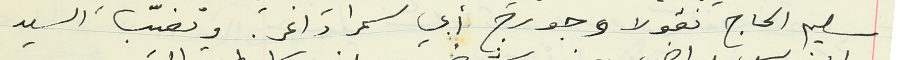
سليم الحاج نقولا وجورج أبي سمرا داغر. وتغيّب السيد